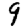
Digit: 9